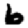
Digit: 6